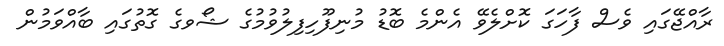
ރާއްޖޭގައި ވެސް ފާހަގަ ކޮށްލެވޭ އެންމެ ބޮޑު މުނިފޫހިފިލުވުމުގެ ޝޯވގެ ގޮތުގައި ބާއްވަމުން